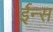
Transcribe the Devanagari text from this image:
ईन्स